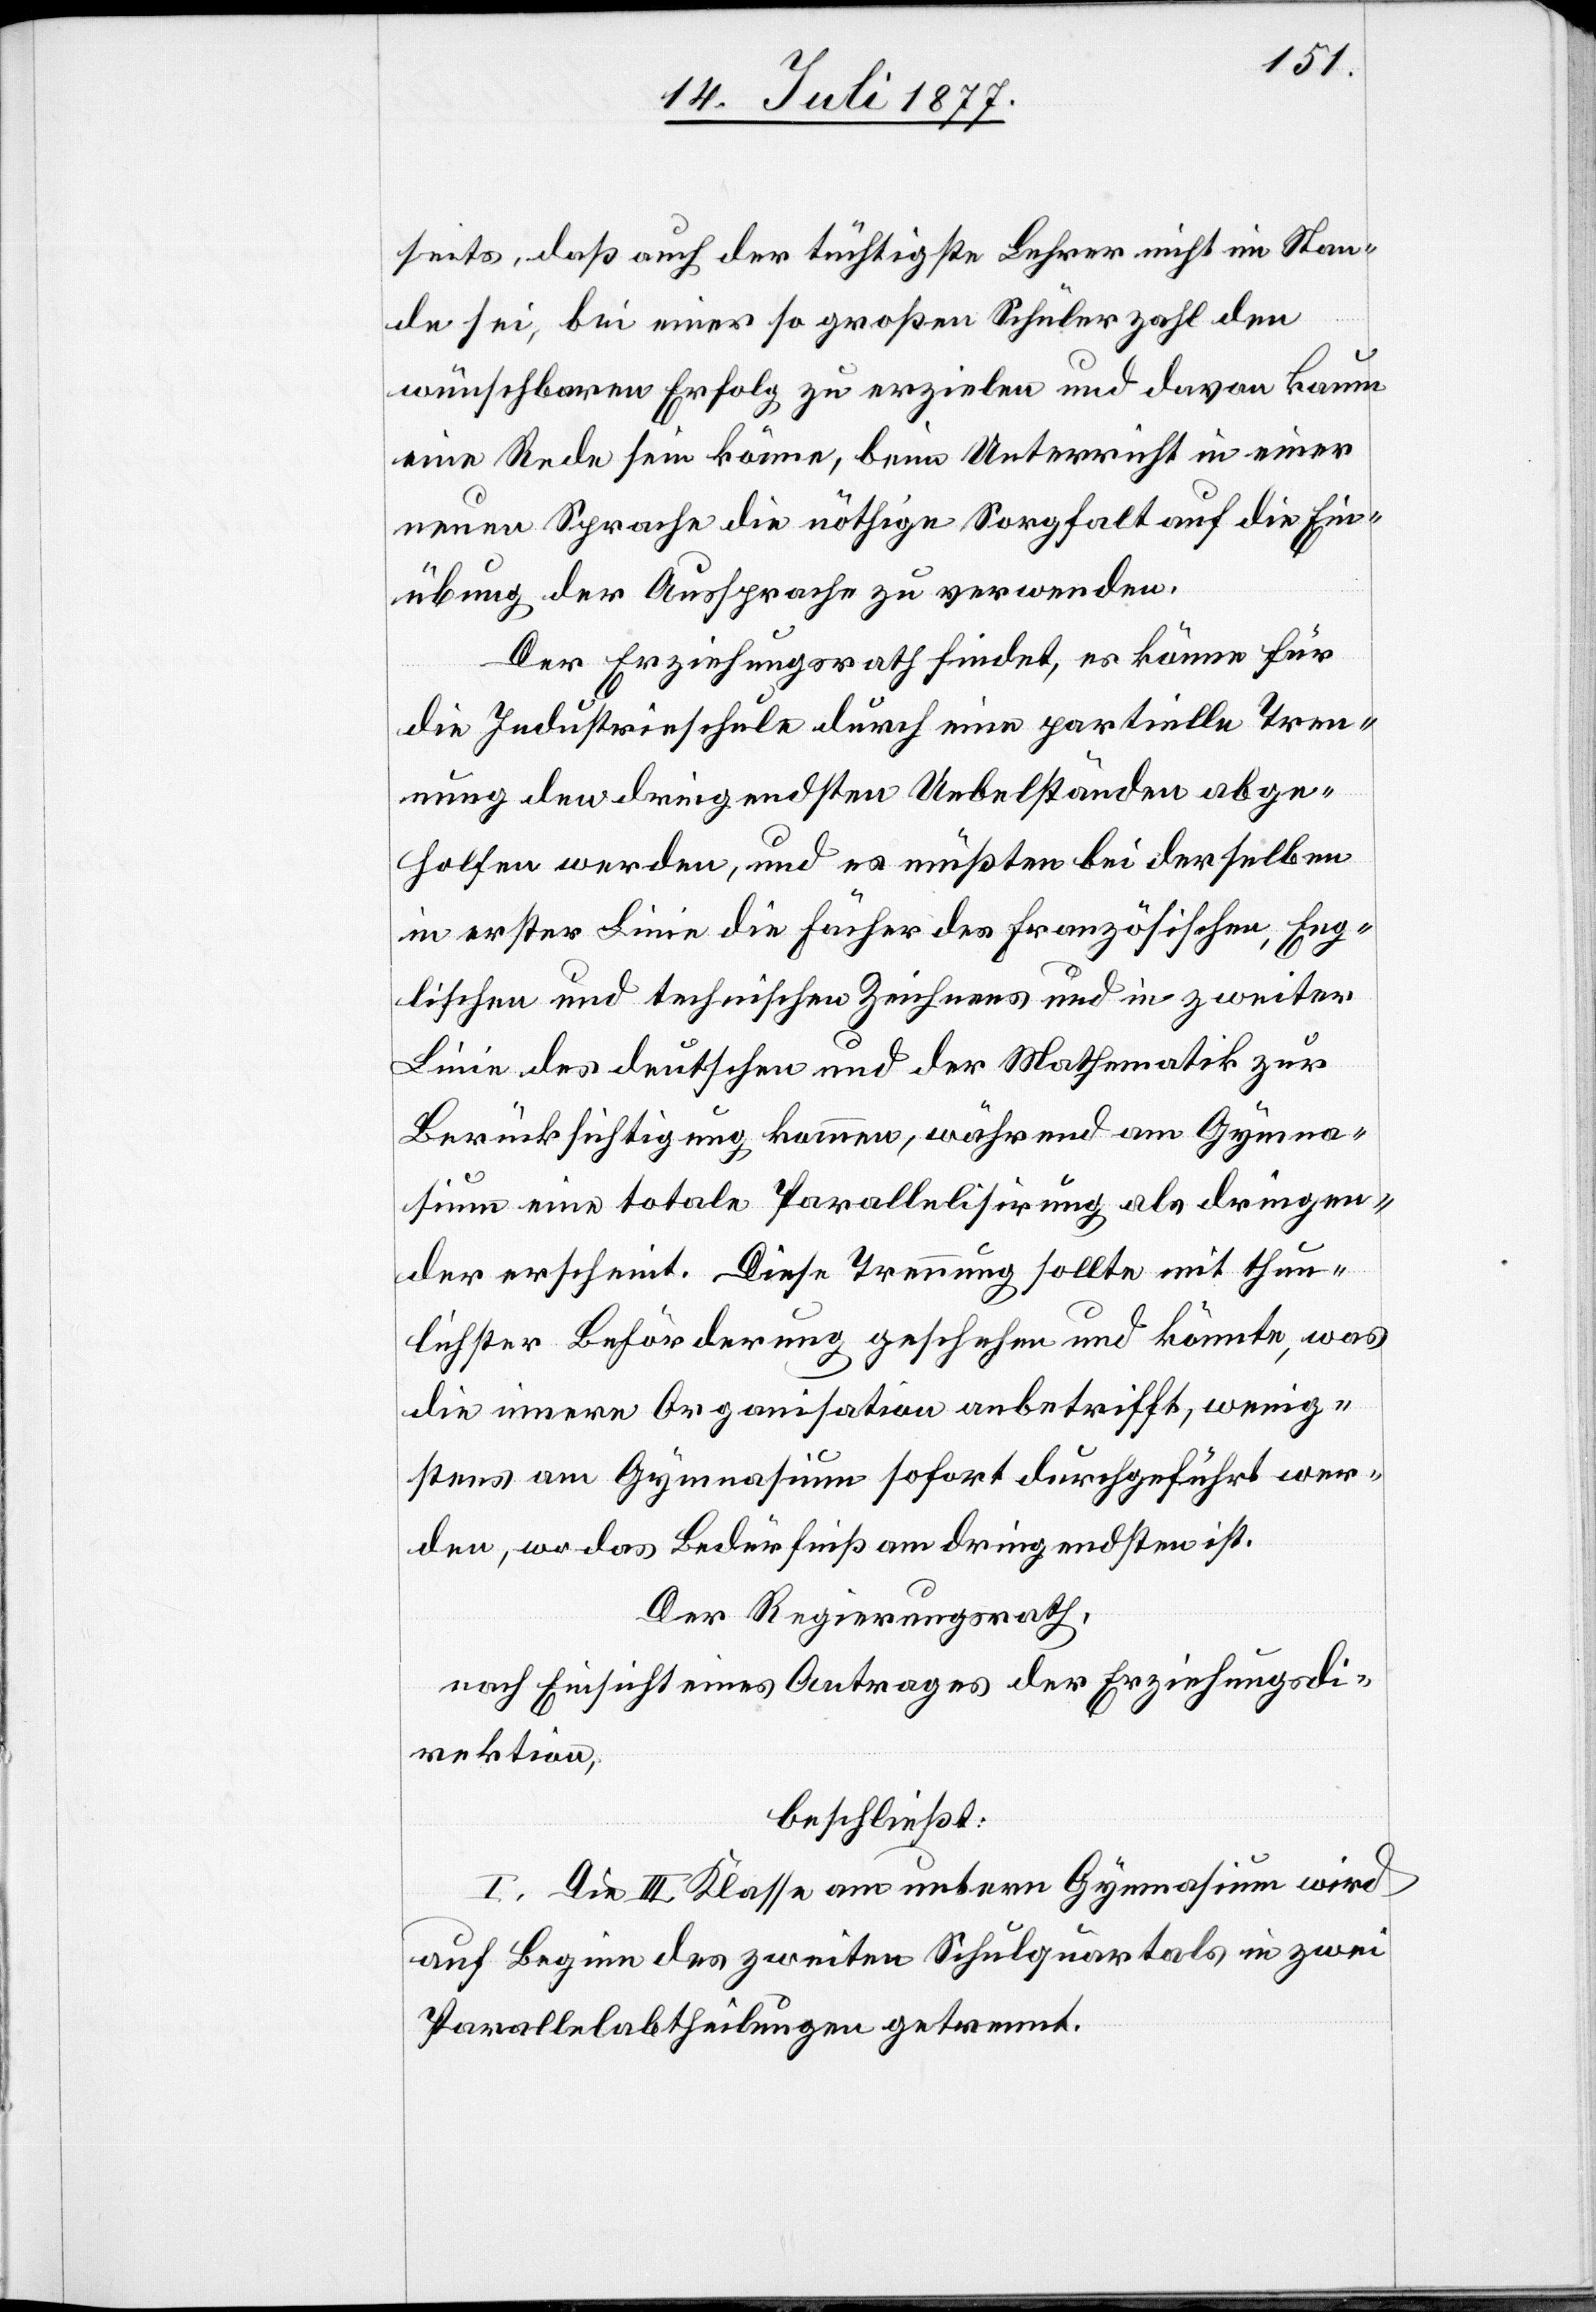
seits, daß auch der tüchtigste Lehrer nicht im Stan¬
de sei, bei einer so großen Schülerzahl den
wünschbaren Erfolg zu erzielen und davon kaum
eine Rede sein könne, beim Unterricht in einer
neuen Sprache die nöthige Sorgfalt auf die Ein¬
übung der Aussprache zu verwenden.
Der Erziehungsrath findet, es könne für
die Industrieschule durch eine partielle Tren¬
nung den dringendsten Uebelständen abge¬
holfen werden, und es müßten bei derselben
in erster Linie die Fächer des Französischen, Eng¬
lischen und technischen Zeichnens und in zweiter
Linie des deutschen und der Mathematik zur
Berücksichtigung kommen, während am Gymna¬
sium eine totale Parallelisirung als dringen¬
der erscheint. Diese Trennung sollte mit thun¬
lichster Beförderung geschehen und könnte, was
die innere Organisation anbetrifft, wenig¬
stens am Gymnasium sofort durchgeführt wer¬
den, wo das Bedürfniß am dringendsten ist.
Der Regierungsrath,
nach Einsicht eines Antrages der Erziehungsdi¬
rektion,
beschließt:
I. Die III. Klasse am untern Gymnasium wird
auf Beginn des zweiten Schulquartals in zwei
Parallelabtheilungen getrennt.